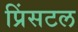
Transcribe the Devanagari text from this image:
प्रिंसटल